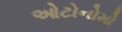
ઓટોનોમો